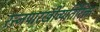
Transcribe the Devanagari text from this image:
रत्त्‍नपारखींव्यतिरिक्त